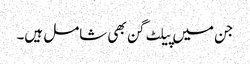
جن میں پیلٹ گن بھی شامل ہیں۔